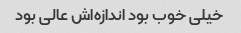
خیلی خوب بود اندازه‌اش عالی بود